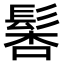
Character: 𩭖